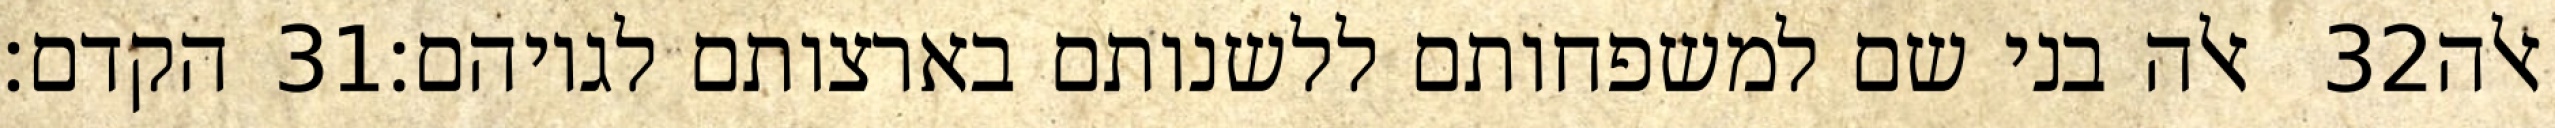
הקדם׃ ‎31‏ אלה בני שם למשפחותם ללשנותם בארצותם לגויהם׃ ‎32‏ אלה